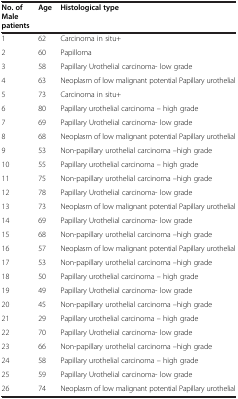
| No. of Male patients | Age | Histological type |
 | --- | --- | --- |
 | 1 | 62 | Carcinoma in situ+ |
 | 2 | 60 | Papilloma |
 | 3 | 58 | Papillary Urothelial carcinoma- low grade |
 | 4 | 63 | Neoplasm of low malignant potential Papillary urothelial |
 | 5 | 73 | Carcinoma in situ+ |
 | 6 | 80 | Papillary urothelial carcinoma – high grade |
 | 7 | 69 | Papillary Urothelial carcinoma- low grade |
 | 8 | 68 | Neoplasm of low malignant potential Papillary urothelial |
 | 9 | 53 | Non-papillary urothelial carcinoma –high grade |
 | 10 | 55 | Papillary urothelial carcinoma – high grade |
 | 11 | 75 | Non-papillary urothelial carcinoma –high grade |
 | 12 | 78 | Papillary Urothelial carcinoma- low grade |
 | 13 | 73 | Neoplasm of low malignant potential Papillary urothelial |
 | 14 | 69 | Papillary Urothelial carcinoma- low grade |
 | 15 | 68 | Non-papillary urothelial carcinoma –high grade |
 | 16 | 57 | Neoplasm of low malignant potential Papillary urothelial |
 | 17 | 53 | Non-papillary urothelial carcinoma –high grade |
 | 18 | 50 | Papillary urothelial carcinoma – high grade |
 | 19 | 49 | Papillary Urothelial carcinoma- low grade |
 | 20 | 45 | Non-papillary urothelial carcinoma –high grade |
 | 21 | 29 | Papillary urothelial carcinoma – high grade |
 | 22 | 70 | Papillary Urothelial carcinoma- low grade |
 | 23 | 66 | Non-papillary urothelial carcinoma –high grade |
 | 24 | 58 | Papillary urothelial carcinoma – high grade |
 | 25 | 59 | Papillary Urothelial carcinoma- low grade |
 | 26 | 74 | Neoplasm of low malignant potential Papillary urothelial |